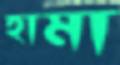
হামা